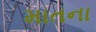
માતના